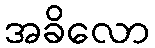
အခိလော